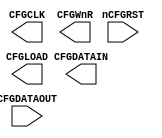
//------------------------------------------------------------------------------
// The confidential and proprietary information contained in this file may
// only be used by a person authorised under and to the extent permitted
// by a subsisting licensing agreement from ARM Limited or its affiliates.
//
//            (C) COPYRIGHT 2010-2015 ARM Limited or its affiliates.
//                ALL RIGHTS RESERVED
//
// This entire notice must be reproduced on all copies of this file
// and copies of this file may only be made by a person if such person is
// permitted to do so under the terms of a subsisting license agreement
// from ARM Limited or its affiliates.
//
//  Version and Release Control Information:
//
//  File Revision       : $Revision: 368444 $
//  File Date           : $Date: 2017-07-25 15:10:13 +0100 (Tue, 25 Jul 2017) $
//
//  Release Information : Cortex-M0 DesignStart-r2p0-00rel0
//
//-----------------------------------------------------------------------------
//  Purpose: Simple SCC master interface to FPGA
//-----------------------------------------------------------------------------
 
`timescale 1 ns/1 ps
module scc_tb (
  CFGCLK,
  nCFGRST,
  CFGLOAD,
  CFGWnR,
  CFGDATAIN,
  CFGDATAOUT
);

//-----------------------------------------------------------------------------
// port declarations
//-----------------------------------------------------------------------------
output          CFGCLK;       //CLK
input           nCFGRST;      //Reset
output          CFGLOAD;      //High when write data is complete or when read data is expected  
output          CFGWnR;       //Read_n / Write to SCC
output          CFGDATAIN;    //Date In
input           CFGDATAOUT;   //Date Out 
/*

//-----------------------------------------------------------------------------
// Constants
//-----------------------------------------------------------------------------

// Store the serial in packet
// 44 bit packet: | Address[11:0] | Data[31:0]
// WnR 0 = SCC Read, 1 = SCC Write

//-----------------------------------------------------------------------------
// Wire declarations
//-----------------------------------------------------------------------------
reg             iCFGCLK;
reg     [43:0]  ShiftReg;
reg             CFGWnR_reg;
reg             CFGDATAIN_reg;
reg     [43:0]  DCC_datain;
reg             CFGLOAD_reg;

integer         i;

//-----------------------------------------------------------------------------
// Main body of code
//-----------------------------------------------------------------------------


// Read
// 
// 1. Set CFGWnR = 0
// 2. Send Address
// 3. Send CFGLOAD
// 4. Read Data


// Write
// 1. Set CFGWnR = 1
// 2. Send Address
// 4. Read Data
// 3. Send CFGLOAD




initial
  begin 
    CFGLOAD_reg   = 1'b0;
    iCFGCLK       = 1'b0;
    CFGDATAIN_reg = 1'b0;
  end  


always @ (posedge nCFGRST)
begin
  
  scc_write (44'hCCC_CCCC_CCCC, i, CFGWnR_reg, iCFGCLK, CFGLOAD_reg, CFGDATAIN_reg);
#8000
  scc_read (44'hCCC_000_000, i, CFGDATAOUT, CFGWnR_reg, iCFGCLK, CFGLOAD_reg, CFGDATAIN_reg);
end



//       Write
// ----------------
task scc_write;
  input  [43:0] ShiftReg, i;  
  output CFGWnR_reg, iCFGCLK, CFGLOAD_reg, CFGDATAIN_reg; 
 
  begin
    CFGWnR_reg = 1'b1;
    #500 
      send_address (ShiftReg, i, iCFGCLK, CFGDATAIN_reg);
    #20000 
      send_CFGLOAD (iCFGCLK, CFGLOAD_reg); 
    #50000 
      write_data   (ShiftReg, i, iCFGCLK, CFGDATAIN_reg);
  end
endtask
 

//       Read  
// ----------------
task scc_read;
  input [43:0] ShiftReg, i, CFGDATAOUT;  
  output CFGWnR_reg, iCFGCLK, CFGDATAIN_reg, CFGLOAD_reg;
  output [43:0] DCC_datain;

  begin
    CFGWnR_reg = 1'b0;
    #500 
      send_address (ShiftReg, i, iCFGCLK, CFGDATAIN_reg); 
    #20000 
     read_data    (CFGDATAOUT, i, iCFGCLK, DCC_datain);
    #50000 
      send_CFGLOAD (iCFGCLK, CFGLOAD_reg);
  end
endtask    

    
//   Send Address
// ----------------
task send_address; //19500
  input  [43:0] ShiftReg, i;
  output iCFGCLK,CFGDATAIN_reg;
 
  begin
   for (i=0; i < 12 ; i=i+1) //19500
    begin
      #500
        CFGDATAIN_reg <= ShiftReg[43-i];
      #500
        iCFGCLK = ~iCFGCLK;
      #500
        iCFGCLK = ~iCFGCLK;     
    end
  end
endtask

      
//   CFGLOAD
// -----------
task send_CFGLOAD; //4000
  output iCFGCLK, CFGLOAD;
 
  begin
    #500
      CFGLOAD = 1'b1;
    #500
      iCFGCLK = ~iCFGCLK;
    #500
      CFGLOAD = 1'b0;
    #500
      iCFGCLK = ~iCFGCLK; 
  end
endtask

     
//  Write DATA to SCC
// ---------------------
task write_data;  //49500
  input  [43:0] ShiftReg, i;
  output iCFGCLK, CFGDATAIN_reg;

  begin
    for  (i=0; i < 32 ; i=i+1)
    begin 
      #500
        CFGDATAIN_reg <= ShiftReg[31-i];
      #500
        iCFGCLK = ~iCFGCLK;
      #500
        iCFGCLK = ~iCFGCLK; 
    end
  end
endtask
 

//  Read DATA from SCC
// ----------------------
task read_data;  //49500
  input  CFGDATAOUT, i;
  output iCFGCLK;
  output [43:0] DCC_datain;
  begin
    for  (i=0; i < 32 ; i=i+1)
    begin 
      #500
        iCFGCLK = ~iCFGCLK;
      #500  
        DCC_datain[0+i] <= CFGDATAOUT; 
      #500
        iCFGCLK = ~iCFGCLK; 
    end
  end
endtask

  
assign CFGCLK    = iCFGCLK;
assign CFGWnR    = CFGWnR_reg;
assign CFGDATAIN = CFGDATAIN_reg;
assign CFGLOAD   = CFGLOAD_reg;
*/
endmodule